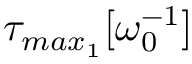
\tau _ { m a x _ { 1 } } [ \omega _ { 0 } ^ { - 1 } ]